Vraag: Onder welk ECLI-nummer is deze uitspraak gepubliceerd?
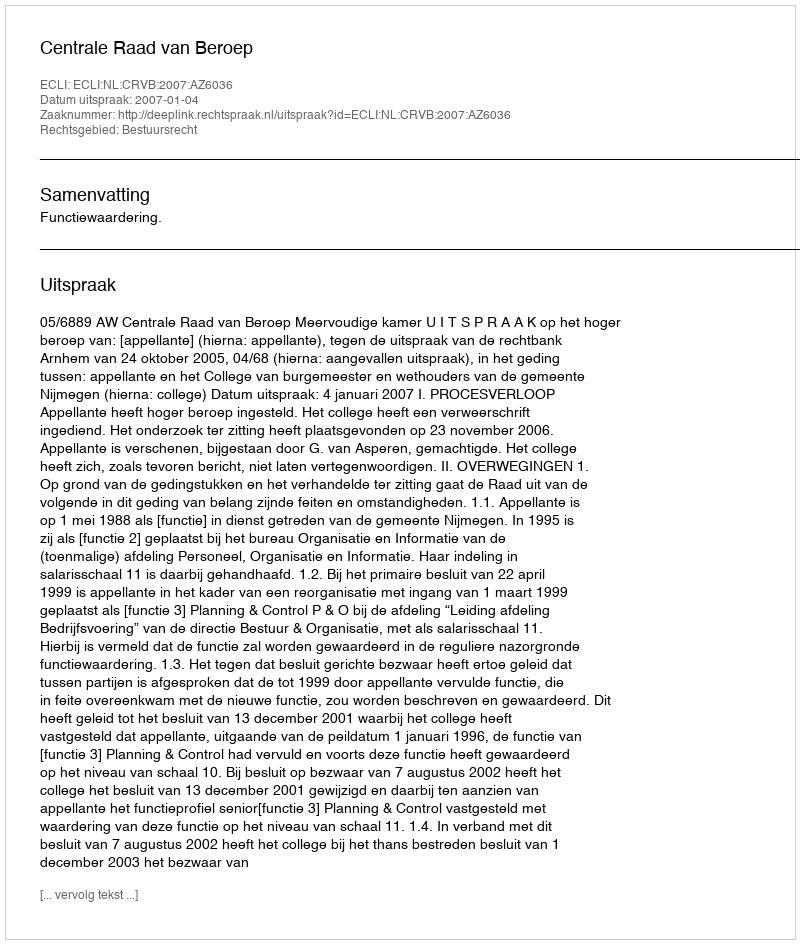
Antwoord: ECLI:NL:CRVB:2007:AZ6036